Sanitation, dispensaries and jails vaccination Rajputana 1922-1927 - 1922-1927
Year: 1922
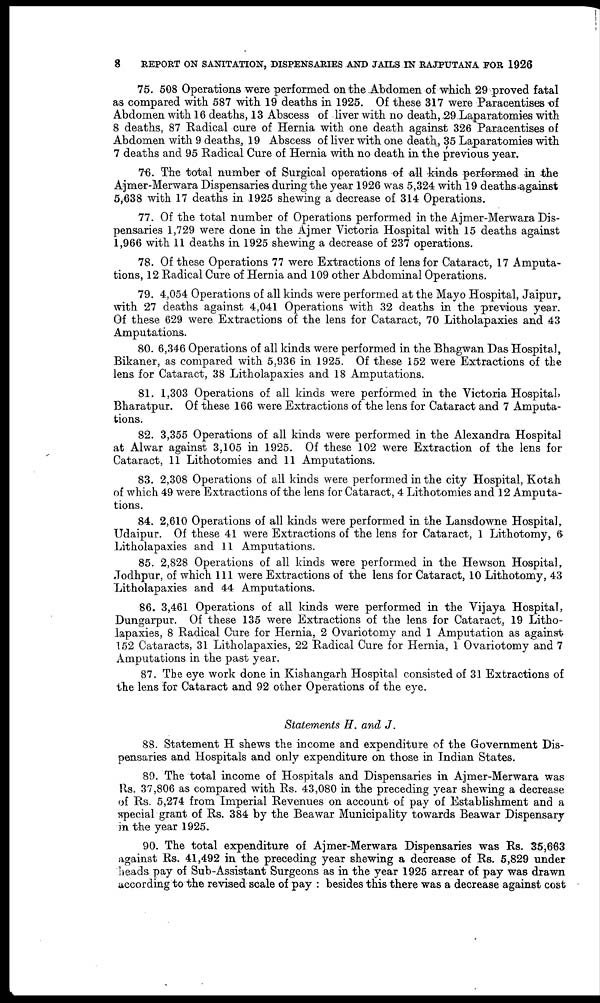
8
REPORT ON SANITATION, DISPENSARIES AND JAILS IN RAJPUTANA FOR 1926
75. 508 Operations were performed on the Abdomen of which 29 proved fatal
as compared with 587 with 19 deaths in 1925. Of these 317 were Paracentises of
Abdomen with 16 deaths, 13 Abscess of liver with no death, 29 Laparatomies with
8 deaths, 87 Radical cure of Hernia with one death against 326 Paracentises of
Abdomen with 9 deaths, 19 Abscess of liver with one death, 35 Laparatomies with
7 deaths and 95 Radical Cure of Hernia with no death in the previous year.
76. The total number of Surgical operations of all kinds performed in the
Ajmer-Merwara Dispensaries during the year 1926 was 5,324 with 19 deaths against
5,638 with 17 deaths in 1925 shewing a decrease of 314 Operations.
77. Of the total number of Operations performed in the Ajmer-Merwara Dis-
pensaries 1,729 were done in the Ajmer Victoria Hospital with 15 deaths against
1,966 with 11 deaths in 1925 shewing a decrease of 237 operations.
78. Of these Operations 77 were Extractions of lens for Cataract, 17 Amputa-
tions, 12 Radical Cure of Hernia and 109 other Abdominal Operations.
79. 4,054 Operations of all kinds were performed at the Mayo Hospital, Jaipur,
with 27 deaths against 4,041 Operations with 32 deaths in the previous year.
Of these 629 were Extractions of the lens for Cataract, 70 Litholapaxies and 43
Amputations.
80. 6,346 Operations of all kinds were performed in the Bhagwan Das Hospital,
Bikaner, as compared with 5,936 in 1925. Of these 152 were Extractions of the
lens for Cataract, 38 Litholapaxies and 18 Amputations.
81. 1,303 Operations of all kinds were performed in the Victoria Hospital,
Bharatpur. Of these 166 were Extractions of the lens for Cataract and 7 Amputa-
tions.
82. 3,355 Operations of all kinds were performed in the Alexandra Hospital
at Alwar against 3,105 in 1925. Of these 102 were Extraction of the lens for
Cataract, 11 Lithotomies and 11 Amputations.
83. 2,308 Operations of all kinds were performed in the city Hospital, Kotah
of which 49 were Extractions of the lens for Cataract, 4 Lithotomies and 12 Amputa-
tions.
84. 2,610 Operations of all kinds were performed in the Lansdowne Hospital,
Udaipur. Of these 41 were Extractions of the lens for Cataract, 1 Lithotomy, 6
Litholapaxies and 11 Amputations.
85. 2,828 Operations of all kinds were performed in the Hewson Hospital,
Jodhpur, of which 111 were Extractions of the lens for Cataract, 10 Lithotomy, 43
Litholapaxies and 44 Amputations.
86. 3,461 Operations of all kinds were performed in the Vijaya Hospital,
Dungarpur. Of these 135 were Extractions of the lens for Cataract, 19 Litho-
lapaxies, 8 Radical Cure for Hernia, 2 Ovariotomy and 1 Amputation as against
152 Cataracts, 31 Litholapaxies, 22 Radical Cure for Hernia, 1 Ovariotomy and 7
Amputations in the past year.
87. The eye work done in Kishangarh Hospital consisted of 31 Extractions of
the lens for Cataract and 92 other Operations of the eye.
Statements H. and J.
88. Statement H shews the income and expenditure of the Government Dis-
pensaries and Hospitals and only expenditure on those in Indian States.
89. The total income of Hospitals and Dispensaries in Ajmer-Merwara was
Rs. 37,806 as compared with Rs. 43,080 in the preceding year shewing a decrease
of Rs. 5,274 from Imperial Revenues on account of pay of Establishment and a
special grant of Rs. 384 by the Beawar Municipality towards Beawar Dispensary
in the year 1925.
90. The total expenditure of Ajmer-Merwara Dispensaries was Rs. 35,663
against Rs. 41,492 in the preceding year shewing a decrease of Rs. 5,829 under
heads pay of Sub-Assistant Surgeons as in the year 1925 arrear of pay was drawn
according to the revised scale of pay : besides this there was a decrease against cost